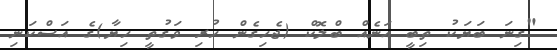
"ގިނަ ބަޔަކު ތިބީ އަނެއް ބްލޮކް (ޖެހިގެން ހުރި ވަގުތީ ހިޔާ)ގެ އަސްކަނި